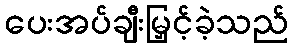
ပေးအပ်ချီးမြှင့်ခဲ့သည်